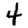
Digit: 4